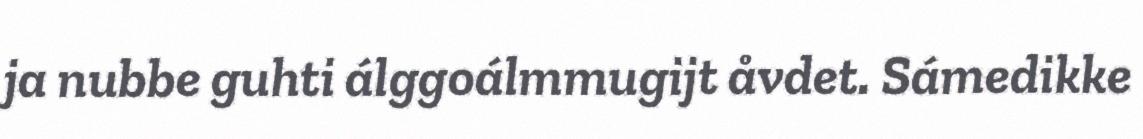
ja nubbe guhti álggoálmmugijt åvdet. Sámedikke